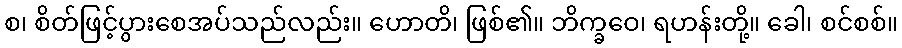
စ၊ စိတ်ဖြင့်ပွားစေအပ်သည်လည်း။ ဟောတိ၊ ဖြစ်၏။ ဘိက္ခဝေ၊ ရဟန်းတို့။ ခေါ၊ စင်စစ်။